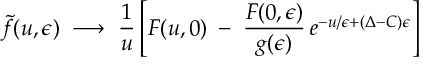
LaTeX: \widetilde { f } ( u , \epsilon ) \; \longrightarrow \; { \frac { 1 } { u } } \left[ F ( u , 0 ) \; - \; { \frac { F ( 0 , \epsilon ) } { g ( \epsilon ) } } \, e ^ { - u / \epsilon + ( \Delta - C ) \epsilon } \right] \,